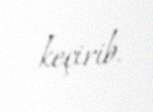
keçirib.